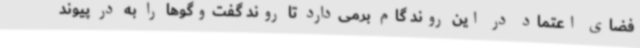
فضای اعتماد در این روند گام برمی‌دارد تا روند گفت‌وگوها را به در پیوند